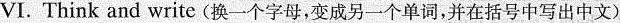
VI.Think and write(换一个字母，变成另一个单词，并在括号中写出中文)